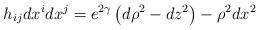
LaTeX: \begin{align*}h_{ij}dx^i dx^j=e^{2\gamma} \left(d\rho^2-dz^2\right)-\rho^2 dx^2\end{align*}